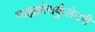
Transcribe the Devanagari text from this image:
माइक्रोसर्कुलेटरी